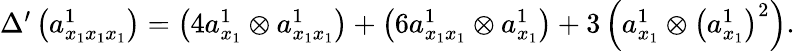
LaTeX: \begin{array}{r}{\Delta^{\prime}\left(a_{x_{1}x_{1}x_{1}}^{1}\right)=\left(4a_{x_{1}}^{1}\otimes a_{x_{1}x_{1}}^{1}\right)+\left(6a_{x_{1}x_{1}}^{1}\otimes a_{x_{1}}^{1}\right)+3\left(a_{x_{1}}^{1}\otimes\left(a_{x_{1}}^{1}\right)^{2}\right).}\end{array}